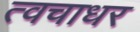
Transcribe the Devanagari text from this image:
त्वचाधर